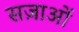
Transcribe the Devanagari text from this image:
सज़ाओं